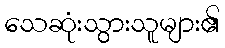
သေဆုံးသွားသူများ၏